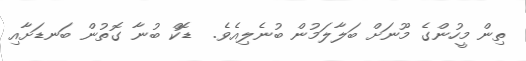
ތިން މީހުންގެ މޫނަށް ބަލާލަމުން ބުނެލިއެވެ.  ޑޮކް ބުނާ ގޮތުން ބަނޑަށާއި